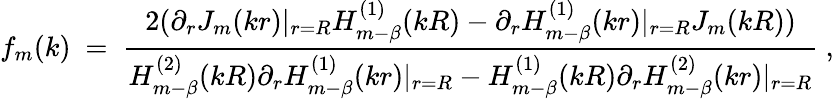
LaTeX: f_{m}(k)\ =\ \frac{2(\partial_{r}J_{m}(kr)|_{r=R}H_{m-\beta}^{(1)}(kR)-\partial_{r}H_{m-\beta}^{(1)}(kr)|_{r=R}J_{m}(kR))}{H_{m-\beta}^{(2)}(kR)\partial_{r}H_{m-\beta}^{(1)}(kr)|_{r=R}-H_{m-\beta}^{(1)}(kR)\partial_{r}H_{m-\beta}^{(2)}(kr)|_{r=R}}\ ,